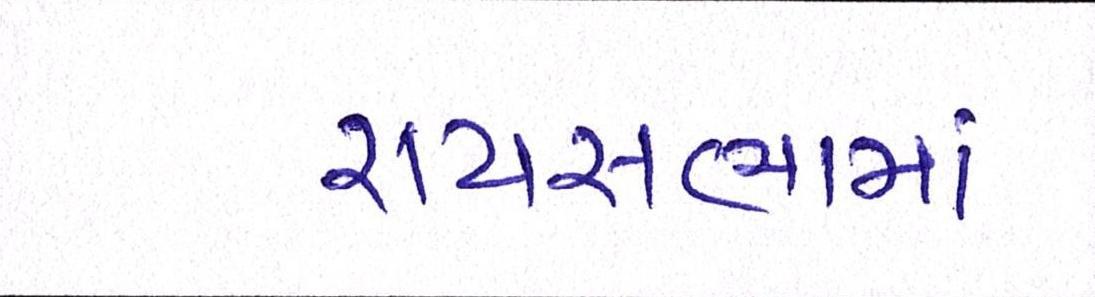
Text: રાયસભામાં